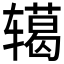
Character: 𮝺